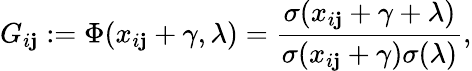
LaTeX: G_{i\mathbf{j}}:=\Phi(x_{i\mathbf{j}}+\gamma,\lambda)=\frac{{\sigma(x_{i\mathbf{j}}+\gamma+\lambda)}}{{\sigma(x_{i\mathbf{j}}+\gamma)\sigma(\lambda)}},